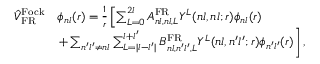
\begin{array} { r l } { \hat { V } _ { \mathrm { F R } } ^ { \mathrm { F o c k } } } & { \phi _ { n l } ( r ) = \frac { 1 } { r } \left[ \sum _ { L = 0 } ^ { 2 l } A _ { n l , n l , L } ^ { \mathrm { F R } } Y ^ { L } ( n l , n l ; r ) \phi _ { n l } ( r ) \right. } \\ & { \left. + \sum _ { n ^ { \prime } l ^ { \prime } \neq n l } \sum _ { L = | l - l ^ { \prime } | } ^ { l + l ^ { \prime } } B _ { n l , n ^ { \prime } l ^ { \prime } , L } ^ { \mathrm { F R } } Y ^ { L } ( n l , n ^ { \prime } l ^ { \prime } ; r ) \phi _ { n ^ { \prime } l ^ { \prime } } ( r ) \right] , } \end{array}